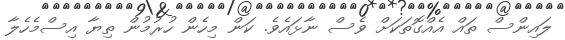
ލައިންސް ތައް އެއްގޮތަކަށް ވެސް ނާޅައެވެ. ކަން މިހެން ހުރުމުން ތިޔާ އިސްމެހެލާ